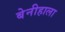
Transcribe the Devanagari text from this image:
बेनीहाला